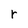
Character: r